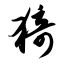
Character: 猗